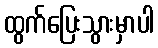
ထွက်ပြေးသွားမှာပါ